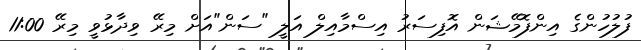
ފުލުހުންގެ އިންފޮމޭޝަން އޮފިސަރު އިސްމާއިލް އަލީ "ސަން"އަށް މިރޭ ވިދާޅުވީ މިރޭ 11:00